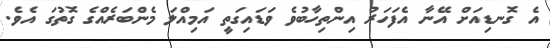
އެ ގޮނޑިއަށް އޭނާ އެފަހަރު އިންތިހާބުވެ ވަޑައިގަތީ އަމިއްލަ މެންބަރެއްގެ ގޮތުގަ އެވެ.